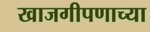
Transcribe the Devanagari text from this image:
खाजगीपणाच्या